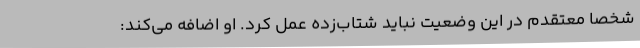
شخصا معتقدم در این وضعیت نباید شتاب‌زده عمل کرد. او اضافه می‌کند: